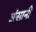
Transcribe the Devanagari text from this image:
अंसानी